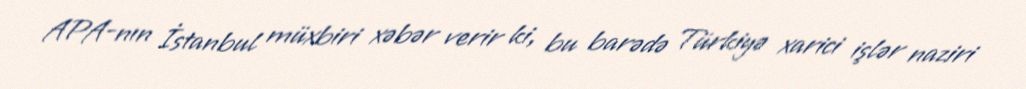
APA-nın İstanbul müxbiri xəbər verir ki, bu barədə Türkiyə xarici işlər naziri